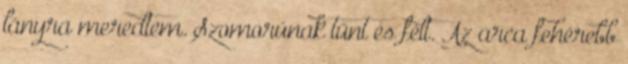
lányra meredtem. Szomorúnak tűnt és félt. Az arca fehérebb